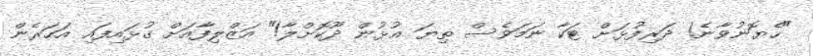
"ހެޔޮނުވާނެ! ދަރިފުޅަށް ޓަކާ ނަމަވެސް ތިޔަ އުޅުން ދޫކޮށްލާ!" އަޒްލިފާއަށް ގުޅައިފައި އަހަރެން